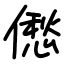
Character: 僽